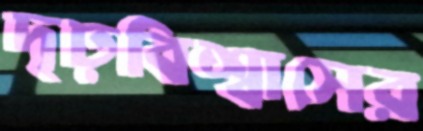
দৃঢ়বিশ্বাসের